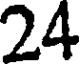
24